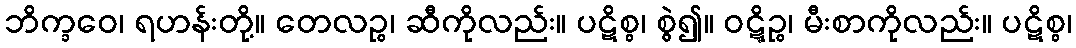
ဘိက္ခဝေ၊ ရဟန်းတို့။ တေလဉ္စ၊ ဆီကိုလည်း။ ပဋိစ္စ၊ စွဲ၍။ ဝဋ္ဋိဉ္စ၊ မီးစာကိုလည်း။ ပဋိစ္စ၊